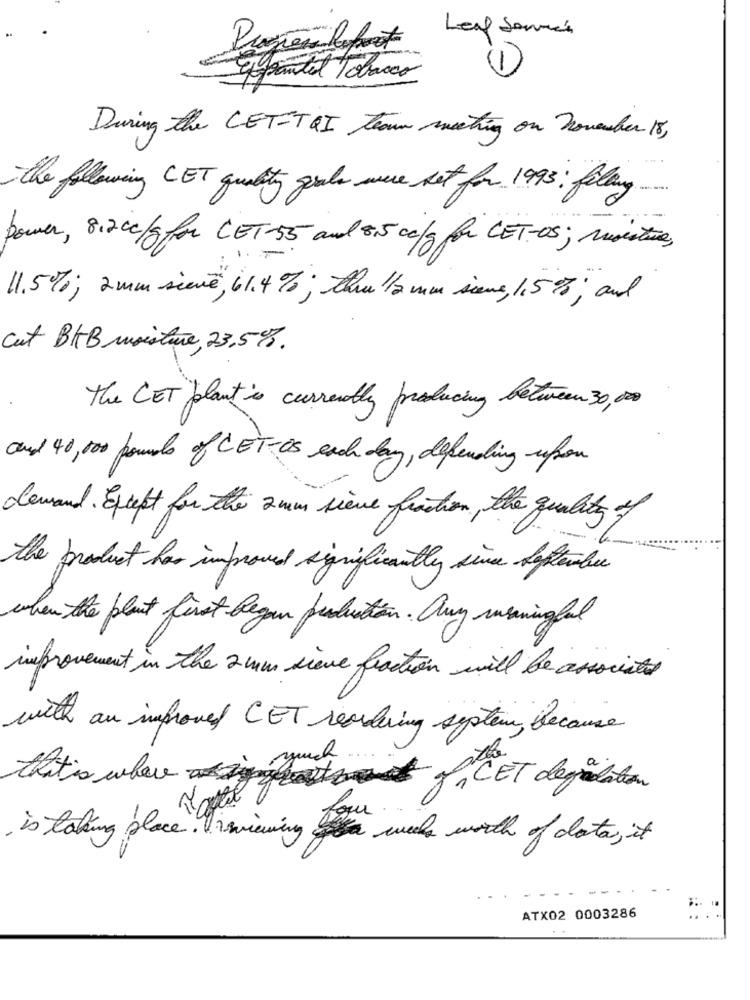
Leaf Sammen
Espantal Tobacco
During the CETIT QI team meeting on november 18,
the following CET quality goals were net for 1993: falling
power, 8:2 cc/0 for CET-55 and 8.5 c/g for CET-08; Misestore,
11.5%; 2 mm sieve, 61.4%; thu 1/2 man sieme, 1.5%; and
cut BHB moisture, 23,5%.
The CET plant is currently producing between 30,00
and 40,000 pounds of CET-OS each day, depending upon
demand. Except for the 2 mm sieve function, the quality of
the product has improved significantly since september
when the plant first began production. Any meaningful
improvement in the 2 mm sieve fraction will be associated
with an improved CET reading system, because
that's where to JCET degislation
is taking place. Visviewing weeks worth of data, it
ATX02 0003286